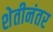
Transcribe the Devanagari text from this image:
शेतीनंतर